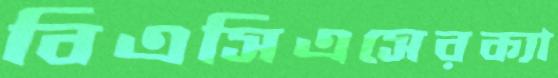
বিএসিএসেরক্যা